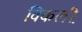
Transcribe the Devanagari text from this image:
विकली़